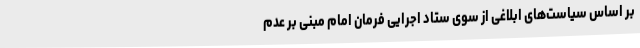
بر اساس سیاست‌های ابلاغی از سوی ستاد اجرایی فرمان امام مبنی بر عدم